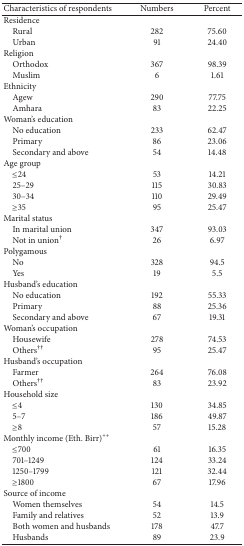
<table><thead><tr><td><b>Characteristics of respondents</b></td><td><b>Numbers</b></td><td><b>Percent </b></td></tr></thead><tbody><tr><td>Residence</td><td> </td><td> </td></tr><tr><td> Rural </td><td>282</td><td>75.60</td></tr><tr><td> Urban</td><td>91</td><td>24.40</td></tr><tr><td>Religion</td><td> </td><td> </td></tr><tr><td> Orthodox</td><td>367</td><td>98.39</td></tr><tr><td> Muslim</td><td>6</td><td>1.61</td></tr><tr><td>Ethnicity</td><td> </td><td> </td></tr><tr><td> Agew </td><td>290</td><td>77.75 </td></tr><tr><td> Amhara</td><td>83</td><td>22.25</td></tr><tr><td>Woman&#x27;s education</td><td> </td><td> </td></tr><tr><td> No education</td><td>233</td><td>62.47</td></tr><tr><td> Primary </td><td>86</td><td>23.06</td></tr><tr><td> Secondary and above</td><td>54</td><td>14.48</td></tr><tr><td>Age group</td><td> </td><td> </td></tr><tr><td> ≤24</td><td>53</td><td>14.21</td></tr><tr><td> 25–29</td><td>115</td><td>30.83</td></tr><tr><td> 30–34</td><td>110</td><td>29.49</td></tr><tr><td> ≥35</td><td>95</td><td>25.47</td></tr><tr><td>Marital status</td><td> </td><td> </td></tr><tr><td> In marital union</td><td>347 </td><td>93.03</td></tr><tr><td> Not in union<sup>†</sup></td><td>26</td><td>6.97</td></tr><tr><td>Polygamous</td><td> </td><td> </td></tr><tr><td> No </td><td>328</td><td>94.5</td></tr><tr><td> Yes </td><td>19</td><td>5.5</td></tr><tr><td>Husband&#x27;s education</td><td> </td><td> </td></tr><tr><td> No education</td><td>192</td><td>55.33</td></tr><tr><td> Primary</td><td>88</td><td>25.36</td></tr><tr><td> Secondary and above</td><td>67</td><td>19.31</td></tr><tr><td>Woman&#x27;s occupation</td><td> </td><td> </td></tr><tr><td> Housewife</td><td>278</td><td>74.53</td></tr><tr><td> Others<sup>††</sup></td><td>95</td><td>25.47</td></tr><tr><td>Husband&#x27;s occupation</td><td> </td><td> </td></tr><tr><td> Farmer</td><td>264</td><td>76.08</td></tr><tr><td> Others<sup>††</sup></td><td>83</td><td>23.92</td></tr><tr><td>Household size</td><td> </td><td> </td></tr><tr><td> ≤4</td><td>130</td><td>34.85</td></tr><tr><td> 5–7</td><td>186</td><td>49.87</td></tr><tr><td> ≥8</td><td>57</td><td>15.28</td></tr><tr><td>Monthly income (Eth. Birr)<sup>++</sup></td><td> </td><td> </td></tr><tr><td> ≤700</td><td>61</td><td>16.35</td></tr><tr><td> 701–1249</td><td>124</td><td>33.24</td></tr><tr><td> 1250–1799</td><td>121</td><td>32.44</td></tr><tr><td> ≥1800</td><td>67</td><td>17.96</td></tr><tr><td>Source of income</td><td> </td><td> </td></tr><tr><td> Women themselves</td><td>54</td><td>14.5</td></tr><tr><td> Family and relatives </td><td>52 </td><td>13.9</td></tr><tr><td> Both women and husbands</td><td>178 </td><td>47.7</td></tr><tr><td> Husbands </td><td>89 </td><td>23.9</td></tr></tbody></table>